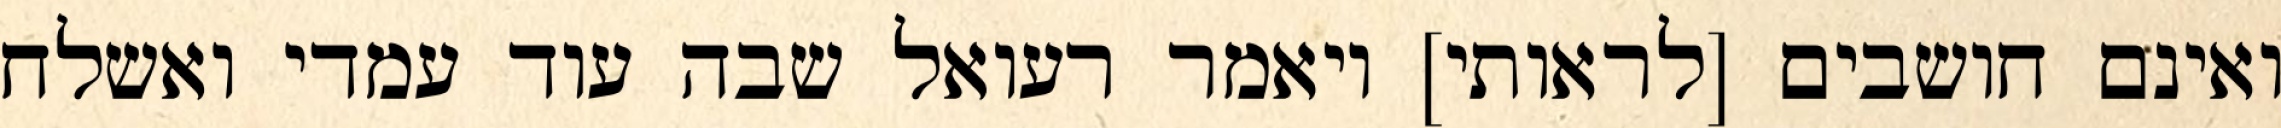
ואינם חושבים [לראותי] ויאמר רעואל שבה עוד עמדי ואשלח